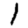
Digit: 1